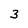
Character: 3